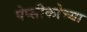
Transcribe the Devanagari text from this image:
पेप्सीकोच्या